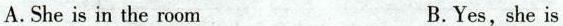
A.She is in the room B.Yes,she is